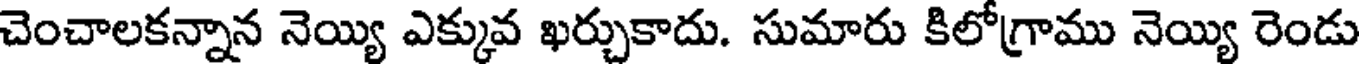
చెంచాలకన్నాన నెయ్యి ఎక్కువ ఖర్చుకాదు. సుమారు కిలోగ్రాము నెయ్యి రెండు